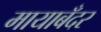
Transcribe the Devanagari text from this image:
मायाबँदर